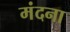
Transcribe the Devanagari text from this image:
मंदना